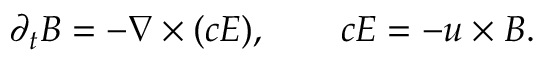
\partial _ { t } \boldsymbol { B } = - \nabla \times ( c \boldsymbol { E } ) , \qquad c \boldsymbol { E } = - \boldsymbol { u } \times \boldsymbol { B } .